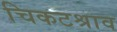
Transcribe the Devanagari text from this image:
चिकटश्राव